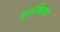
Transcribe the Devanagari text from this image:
मुहक्किमा